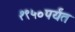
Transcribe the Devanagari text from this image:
१९५०पर्यंत